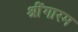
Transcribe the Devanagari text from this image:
श्रींगारम